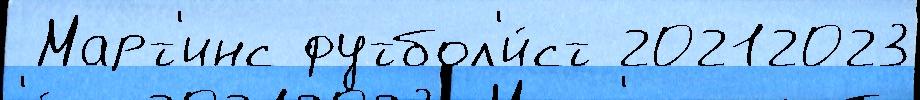
 Март'инс футбол'и́ст 20212023